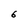
Character: 6